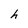
Character: h